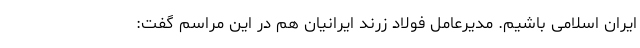
ایران اسلامی باشیم. مدیرعامل فولاد زرند ایرانیان هم در این مراسم گفت: